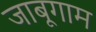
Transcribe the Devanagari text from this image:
जाबूगाम